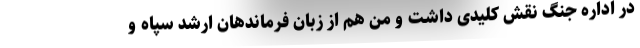
در اداره جنگ نقش کلیدی داشت و من هم از زبان فرماندهان ارشد سپاه و